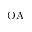
\mathrm { O A }